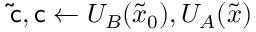
\mathsf { \tilde { c } } , \mathsf { c } \gets U _ { B } ( \tilde { { \boldsymbol { x } } } _ { 0 } ) , U _ { A } ( \tilde { { \boldsymbol { x } } } )